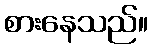
စားနေသည်။